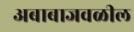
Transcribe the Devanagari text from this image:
अबाबाजवळील